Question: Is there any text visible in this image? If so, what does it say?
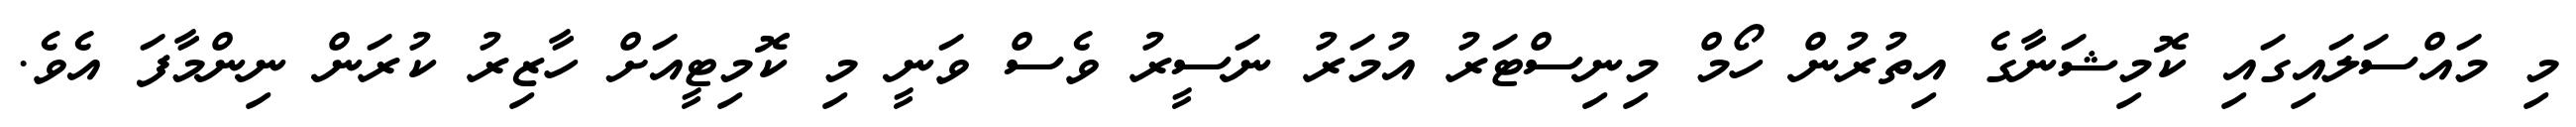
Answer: މި މައްސަލައިގައި ކޮމިޝަނާގެ އިތުރުން ހޯމް މިނިސްޓަރު އުމަރު ނަސީރު ވެސް ވަނީ މި ކޮމިޓީއަށް ހާޒިރު ކުރަން ނިންމާފަ އެވެ.